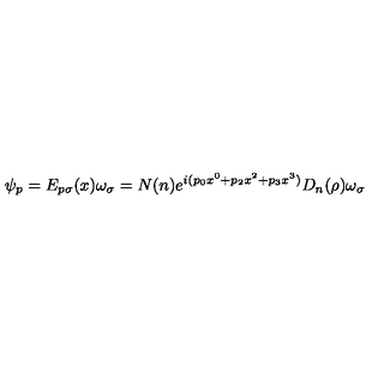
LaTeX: \psi _ { p } = E _ { p \sigma } ( x ) \omega _ { \sigma } = N ( n ) e ^ { i ( p _ { 0 } x ^ { 0 } + p _ { 2 } x ^ { 2 } + p _ { 3 } x ^ { 3 } ) } D _ { n } ( \rho ) \omega _ { \sigma }